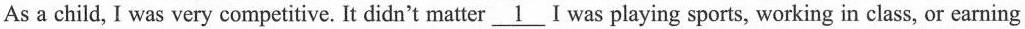
As a child, I was very competitive. It didn't matter \underline{1} I was playing sports, working in class, or earning